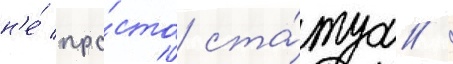
н'е́ про́сто ста́туа /